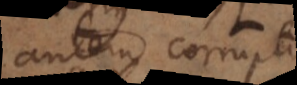
autem corruptor